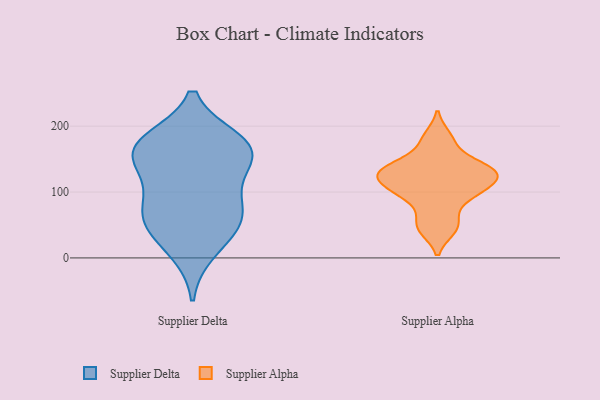
{"axis": {"x": "Revenue (USD Million)", "y": "Value"}, "legend": ["Supplier Alpha", "Supplier Delta"], "data": [{"x": "", "y": 63, "type": "Supplier Delta"}, {"x": "", "y": 101, "type": "Supplier Delta"}, {"x": "", "y": 177, "type": "Supplier Delta"}, {"x": "", "y": 74, "type": "Supplier Delta"}, {"x": "", "y": 157, "type": "Supplier Delta"}, {"x": "", "y": 11, "type": "Supplier Delta"}, {"x": "", "y": 44, "type": "Supplier Delta"}, {"x": "", "y": 58, "type": "Supplier Delta"}, {"x": "", "y": 164, "type": "Supplier Delta"}, {"x": "", "y": 171, "type": "Supplier Delta"}, {"x": "", "y": 167, "type": "Supplier Delta"}, {"x": "", "y": 137, "type": "Supplier Delta"}, {"x": "", "y": 137, "type": "Supplier Alpha"}, {"x": "", "y": 184, "type": "Supplier Alpha"}, {"x": "", "y": 45, "type": "Supplier Alpha"}, {"x": "", "y": 59, "type": "Supplier Alpha"}, {"x": "", "y": 132, "type": "Supplier Alpha"}, {"x": "", "y": 109, "type": "Supplier Alpha"}, {"x": "", "y": 175, "type": "Supplier Alpha"}, {"x": "", "y": 140, "type": "Supplier Alpha"}, {"x": "", "y": 116, "type": "Supplier Alpha"}, {"x": "", "y": 129, "type": "Supplier Alpha"}, {"x": "", "y": 118, "type": "Supplier Alpha"}, {"x": "", "y": 129, "type": "Supplier Alpha"}, {"x": "", "y": 96, "type": "Supplier Alpha"}, {"x": "", "y": 101, "type": "Supplier Alpha"}, {"x": "", "y": 140, "type": "Supplier Alpha"}, {"x": "", "y": 43, "type": "Supplier Alpha"}, {"x": "", "y": 89, "type": "Supplier Alpha"}]}